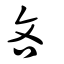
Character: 吝